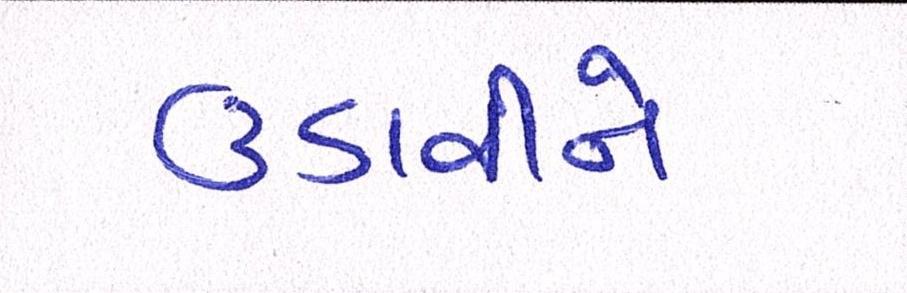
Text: ઉડાવીને